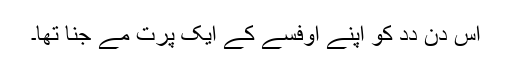
اُس دِن دِدِ کو اَپنے اوفِّسے کے ایک پرتِ مے جنا تھا۔